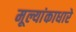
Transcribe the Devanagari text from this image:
मूल्यांकाधारे